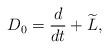
LaTeX: \begin{align*} D_0 = \frac{d}{dt} + \widetilde{L}, \end{align*}